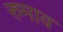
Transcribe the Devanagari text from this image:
रुमाव